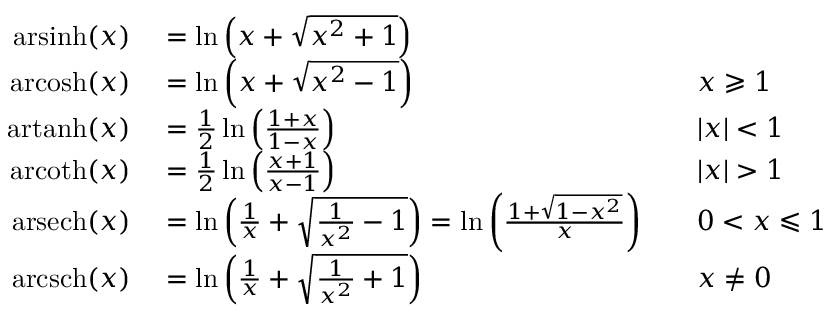
\begin{array} { r l r l } { \operatorname { a r s i n h } ( x ) } & { { } = \ln \left( x + { \sqrt { x ^ { 2 } + 1 } } \right) } \\ { \operatorname { a r c o s h } ( x ) } & { { } = \ln \left( x + { \sqrt { x ^ { 2 } - 1 } } \right) } & { } & { { } x \geqslant 1 } \\ { \operatorname { a r t a n h } ( x ) } & { { } = { \frac { 1 } { 2 } } \ln \left( { \frac { 1 + x } { 1 - x } } \right) } & { } & { { } | x | < 1 } \\ { \operatorname { a r c o t h } ( x ) } & { { } = { \frac { 1 } { 2 } } \ln \left( { \frac { x + 1 } { x - 1 } } \right) } & { } & { { } | x | > 1 } \\ { \operatorname { a r s e c h } ( x ) } & { { } = \ln \left( { \frac { 1 } { x } } + { \sqrt { { \frac { 1 } { x ^ { 2 } } } - 1 } } \right) = \ln \left( { \frac { 1 + { \sqrt { 1 - x ^ { 2 } } } } { x } } \right) } & { } & { { } 0 < x \leqslant 1 } \\ { \operatorname { a r c s c h } ( x ) } & { { } = \ln \left( { \frac { 1 } { x } } + { \sqrt { { \frac { 1 } { x ^ { 2 } } } + 1 } } \right) } & { } & { { } x \neq 0 } \end{array}